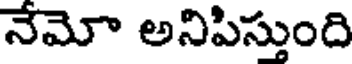
నేమో అనిపిస్తుంది